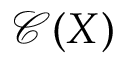
{ \mathcal { C } } ( X )